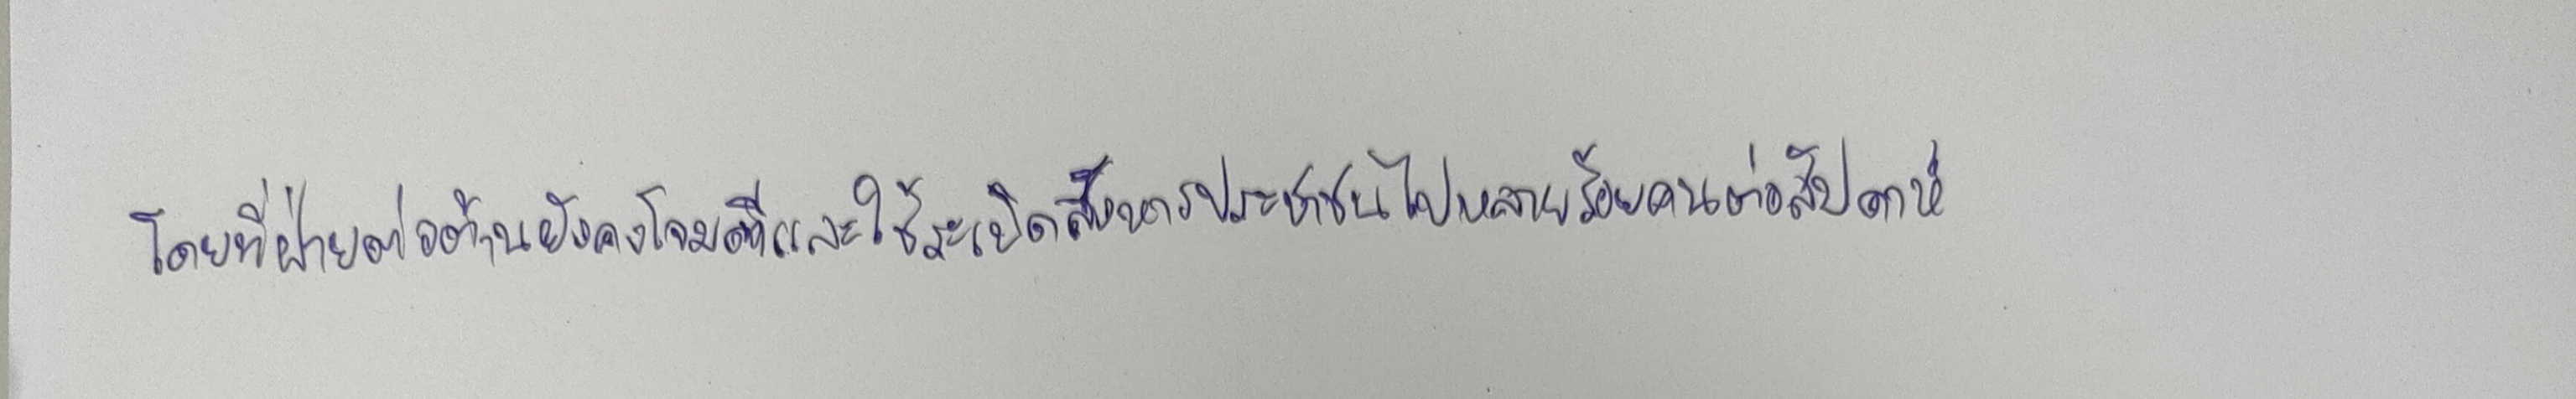
โดยที่ฝ่ายต่อต้านยังคงโจมตีและใช้ระเบิดสังหารประชาชนไปหลายร้อยคนต่อสัปดาห์